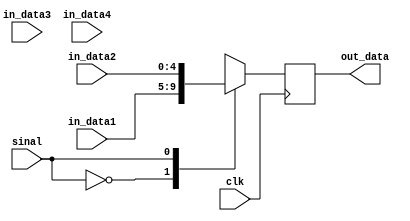
module MUX3_1(clk, sinal, in_data1, in_data2, in_data3, in_data4, out_data);

parameter                    data_bits = 4;
input                        clk;
input                        sinal;
input    [data_bits:0]       in_data1;
input    [data_bits:0]       in_data2;
input    [data_bits:0]       in_data3;
input    [data_bits:0]       in_data4;
output   [data_bits:0]       out_data;
reg      [data_bits:0]       out_data;

always @(posedge clk)
begin
    case (sinal)
        2'b00    : out_data = in_data1;
        2'b01    : out_data = in_data2;
        2'b10    : out_data = in_data3;
        2'b11    : out_data = in_data4;
        default  : out_data = in_data3;
    endcase
end

endmodule